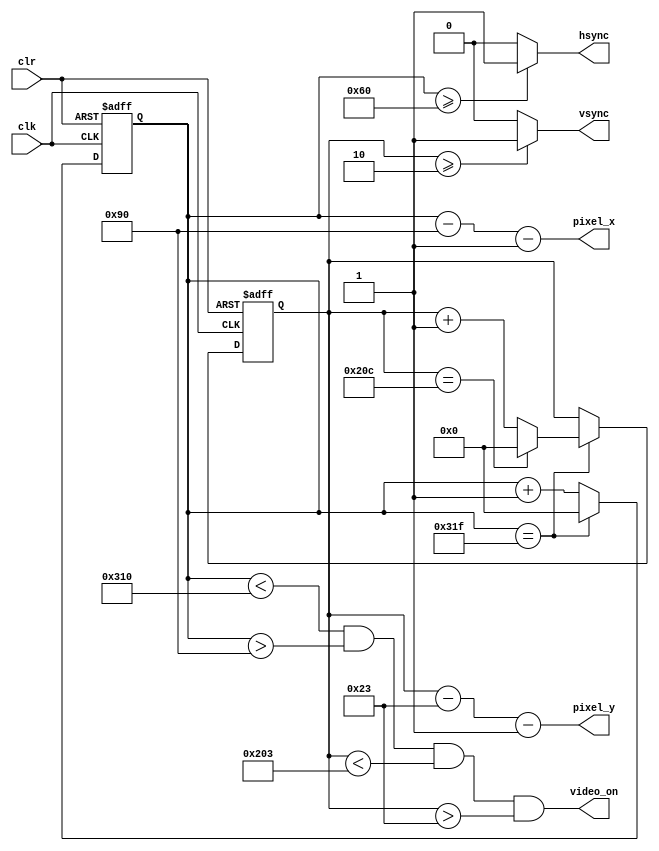
module vga_sync(
	input wire clk, clr,
	output reg hsync, vsync, 
	output wire video_on,
	output wire [9:0] pixel_x, pixel_y
    );

	parameter hpixels = 800; 
	parameter vlines  = 525; 
	parameter hbp     = 144; 
	parameter hfp     = 784; 
	parameter vbp     = 35; 
	parameter vfp     = 515;
	
	reg [9:0] hc, vc;
	
	assign pixel_x = hc - hbp - 1;
	assign pixel_y = vc - vbp - 1;
	
	always @ (posedge clk or posedge clr)
	begin
		if (clr == 1)
			hc <= 0;
		else
		begin
			if (hc == hpixels - 1)
			begin
				hc <= 0;
			end
			else
			begin
				hc <= hc + 1;
			end
		end
	end
	
	always @*
	begin
		if(hc >= 96)
			hsync = 1;
		else
			hsync = 0;
	end
	
	always @(posedge clk or posedge clr)
	begin
		if (clr == 1)
		begin
			vc <= 0;
		end
		else
		begin
			if (hc == hpixels - 1)
			begin
				if (vc == vlines - 1)
				begin
					vc <= 0;
				end
				else
				begin
					vc <= vc + 1;
				end
			end
		end
	end
	
	always @*
	begin
		if(vc >= 2)
			vsync = 1;
		else
			vsync = 0;
	end

	assign video_on = (hc < hfp) && (hc > hbp) && (vc < vfp) && (vc > vbp);

endmodule